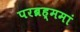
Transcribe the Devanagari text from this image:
परब्रह्ममां